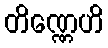
တိဏ္ဏေဟိ